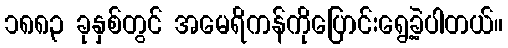
၁၈၈၃ ခုနှစ်တွင် အမေရိကန်ကိုပြောင်းရွေ့ခဲ့ပါတယ်။